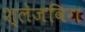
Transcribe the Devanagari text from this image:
श्लेजविग